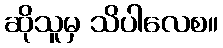
ဆိုသူမှ သိပါလေစ။